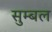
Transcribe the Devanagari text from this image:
सुम्बल